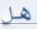
هل